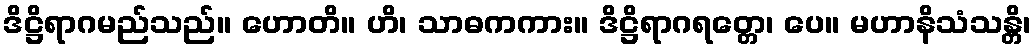
ဒိဋ္ဌိရာဂမည်သည်။ ဟောတိ။ ဟိ၊ သာဓကကား။ ဒိဋ္ဌိရာဂရတ္တေ၊ ပေ။ မဟာနိသံသန္တိ၊